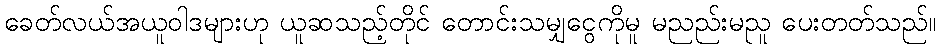
ခေတ်လယ်အယူဝါဒများဟု ယူဆသည့်တိုင် တောင်းသမျှငွေကိုမူ မညည်းမညူ ပေးတတ်သည်။